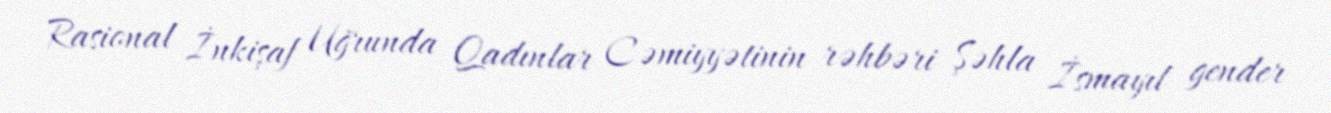
Rasional İnkişaf Uğrunda Qadınlar Cəmiyyətinin rəhbəri Şəhla İsmayıl gender